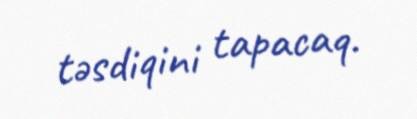
təsdiqini tapacaq.